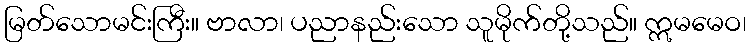
မြတ်သောမင်းကြီး။ ဗာလာ၊ ပညာနည်းသော သူမိုက်တို့သည်။ ဣမမေဝ၊